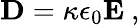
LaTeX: \mathbf{D}=\kappa\epsilon_{0}\mathbf{E}\ ,